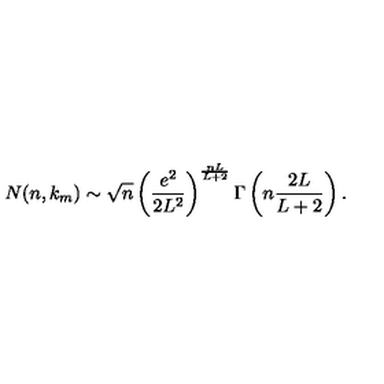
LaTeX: N ( n , k _ { m } ) \sim \sqrt { n } \left( \frac { e ^ { 2 } } { 2 L ^ { 2 } } \right) ^ { \frac { n L } { L + 2 } } \Gamma \left( n \frac { 2 L } { L + 2 } \right) .